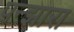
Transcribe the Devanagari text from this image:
पन्झारा